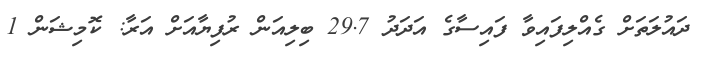
ދައުލަތަށް ގެއްލިފައިވާ ފައިސާގެ އަދަދު 29.7 ބިލިއަން ރުފިޔާއަށް އަރާ: ކޮމިޝަން 1